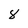
Character: 8